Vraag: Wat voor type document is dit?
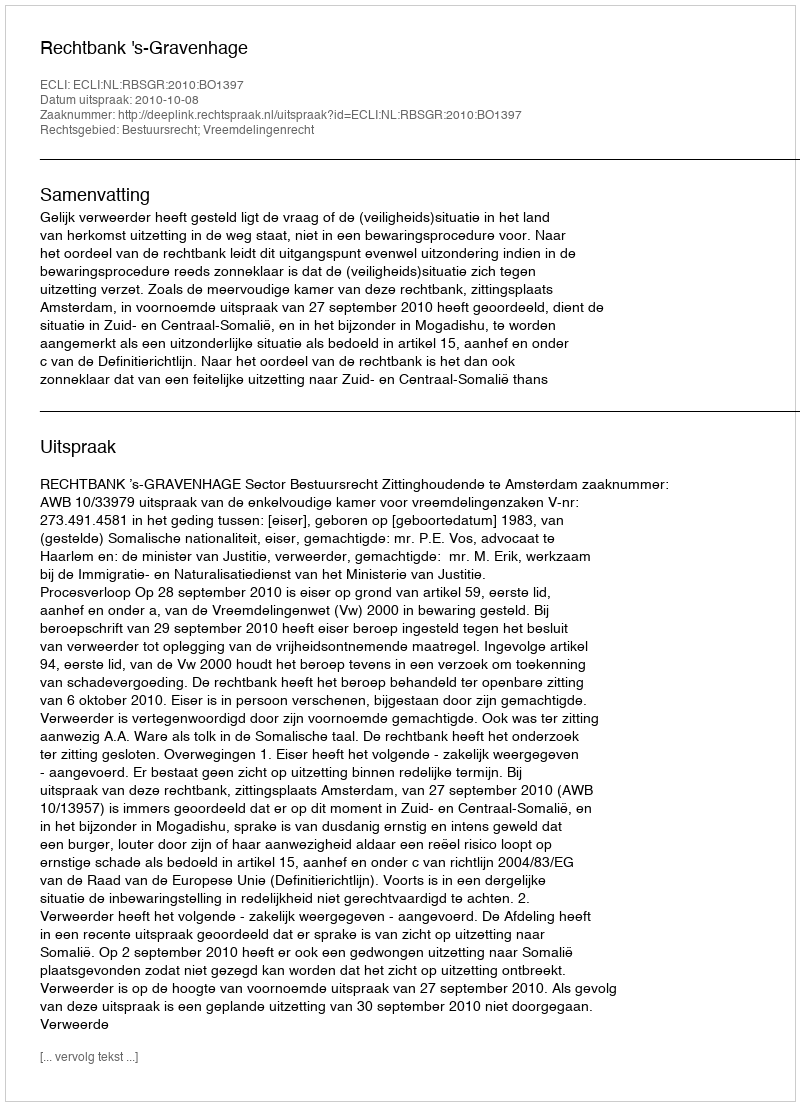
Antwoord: Uitspraak